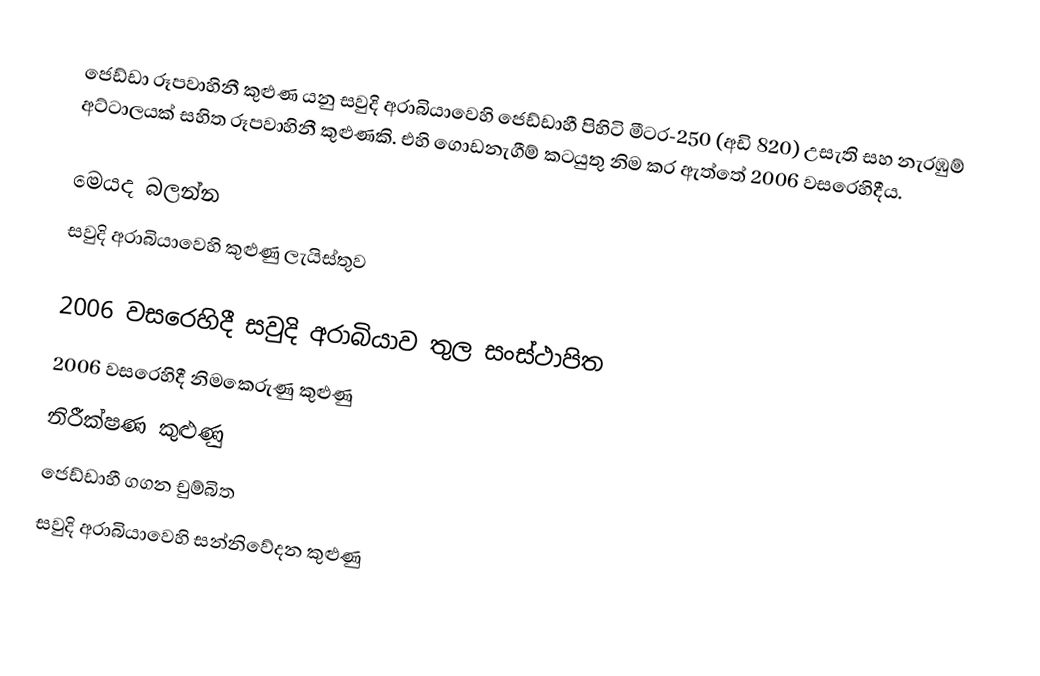
ජෙඩ්ඩා රූපවාහිනී කුළුණ යනු  සවුදි අරාබියාවෙහි ජෙඩ්ඩාහී පිහිටි මීටර-250  (අඩි 820) උසැති සහ නැරඹුම් අට්ටාලයක් සහිත රූපවාහිනී කුළුණකි. එහි ගොඩනැගීම් කටයුතු නිම කර ඇත්තේ  2006 වසරෙහිදීය.

මෙයද බලන්න
සවුදි අරාබියාවෙහි කුළුණු ලැයිස්තුව

 2006 වසරෙහිදී සවුදි අරාබියාව තුල සංස්ථාපිත
 2006 වසරෙහිදී නිමකෙරුණු කුළුණු
නිරීක්ෂණ කුළුණු
 ජෙඩ්ඩාහී ගගන චුම්බිත
සවුදි අරාබියාවෙහි සන්නිවේදන කුළුණු